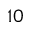
_ { 1 0 }